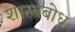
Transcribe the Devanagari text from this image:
शास्त्रबोध